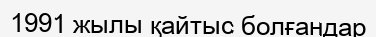
1991 жылы қайтыс болғандар